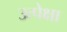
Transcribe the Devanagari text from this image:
उत्पेक्षा